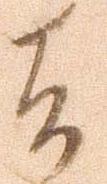
者